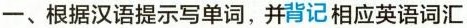
一、根据汉语提示写单词,并背记相应英语词汇